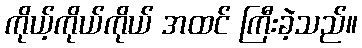
ကိုယ့်ကိုယ်ကိုယ် အထင် ကြီးခဲ့သည်။